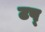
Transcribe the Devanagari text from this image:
टप्